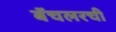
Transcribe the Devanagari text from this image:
बॅचलरची